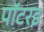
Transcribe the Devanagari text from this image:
पॉटरइ